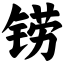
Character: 铹